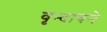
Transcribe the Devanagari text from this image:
वृन्दावने